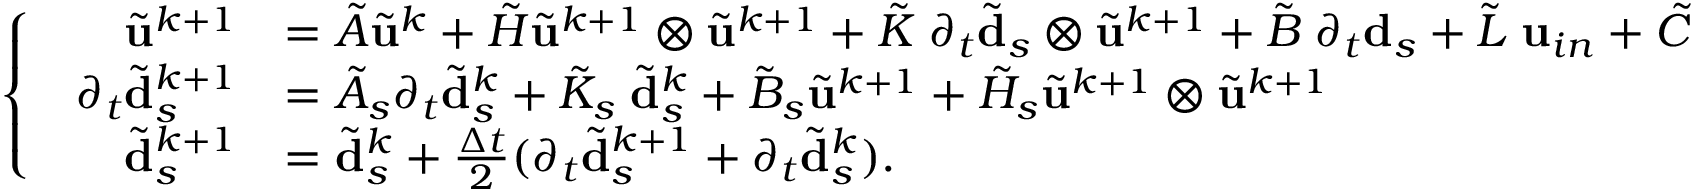
\left\{ \begin{array} { l l } { \begin{array} { r l } { \tilde { \mathbf { u } } ^ { k + 1 } } & { = \tilde { A } \tilde { \mathbf { u } } ^ { k } + \tilde { H } \tilde { \mathbf { u } } ^ { k + 1 } \otimes \tilde { \mathbf { u } } ^ { k + 1 } + \tilde { K } \; \partial _ { t } \tilde { \mathbf { d } } _ { s } \otimes \tilde { \mathbf { u } } ^ { k + 1 } + \tilde { B } \; \partial _ { t } \mathbf { d } _ { s } + \tilde { L } \; \mathbf { u } _ { i n } + \tilde { C } } \\ { \partial _ { t } \tilde { \mathbf { d } } _ { s } ^ { k + 1 } } & { = \tilde { A } _ { s } \partial _ { t } \tilde { \mathbf { d } } _ { s } ^ { k } + \tilde { K } _ { s } \; \tilde { \mathbf { d } } _ { s } ^ { k } + \tilde { B } _ { s } \tilde { \mathbf { u } } ^ { k + 1 } + \tilde { H } _ { s } \tilde { \mathbf { u } } ^ { k + 1 } \otimes \tilde { \mathbf { u } } ^ { k + 1 } } \\ { \tilde { \mathbf { d } } _ { s } ^ { k + 1 } } & { = \tilde { \mathbf { d } } _ { s } ^ { k } + \frac { \Delta t } { 2 } ( \partial _ { t } \tilde { \mathbf { d } } _ { s } ^ { k + 1 } + \partial _ { t } \tilde { \mathbf { d } } _ { s } ^ { k } ) . } \end{array} } \end{array} \right.